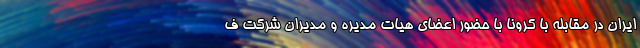
ایران در مقابله با کرونا با حضور اعضای هیات مدیره و مدیران شرکت ف